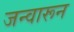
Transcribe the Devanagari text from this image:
जन्वारून